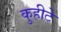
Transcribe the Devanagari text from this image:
कुहीटे